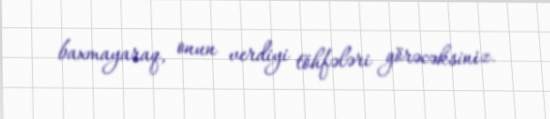
baxmayaraq, onun verdiyi töhfələri görəcəksiniz.